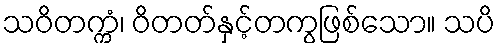
သဝိတက္ကံ၊ ဝိတတ်နှင့်တကွဖြစ်သော။ သပိ